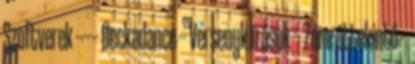
Szoftverek ------ Deckadance -- Versenykiírások -- Zene áttekintő --